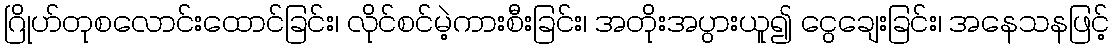
ဂြိုဟ်တုစလောင်းထောင်ခြင်း၊ လိုင်စင်မဲ့ကားစီးခြင်း၊ အတိုးအပွားယူ၍ ငွေချေးခြင်း၊ အနေသနဖြင့်